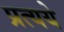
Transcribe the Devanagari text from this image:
प्रत्यये